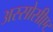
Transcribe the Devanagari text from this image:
अस्सोसीएट